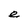
Character: e